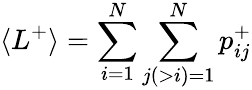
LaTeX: \langle L^{+}\rangle=\sum_{i=1}^{N}\sum_{j(>i)=1}^{N}p_{ij}^{+}